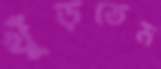
খুঁড়তেম